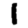
Digit: 1